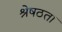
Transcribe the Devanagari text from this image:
श्रेषठता